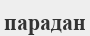
парадан